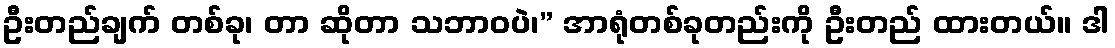
ဦးတည်ချက် တစ်ခု၊ တာ ဆိုတာ သဘာဝပဲ၊” အာရုံတစ်ခုတည်းကို ဦးတည် ထားတယ်။ ဒါ